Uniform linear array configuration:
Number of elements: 16
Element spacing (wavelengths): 0.25
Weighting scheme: blackman
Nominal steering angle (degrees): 15
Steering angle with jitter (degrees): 16.717
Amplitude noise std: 0.05
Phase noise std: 0.05

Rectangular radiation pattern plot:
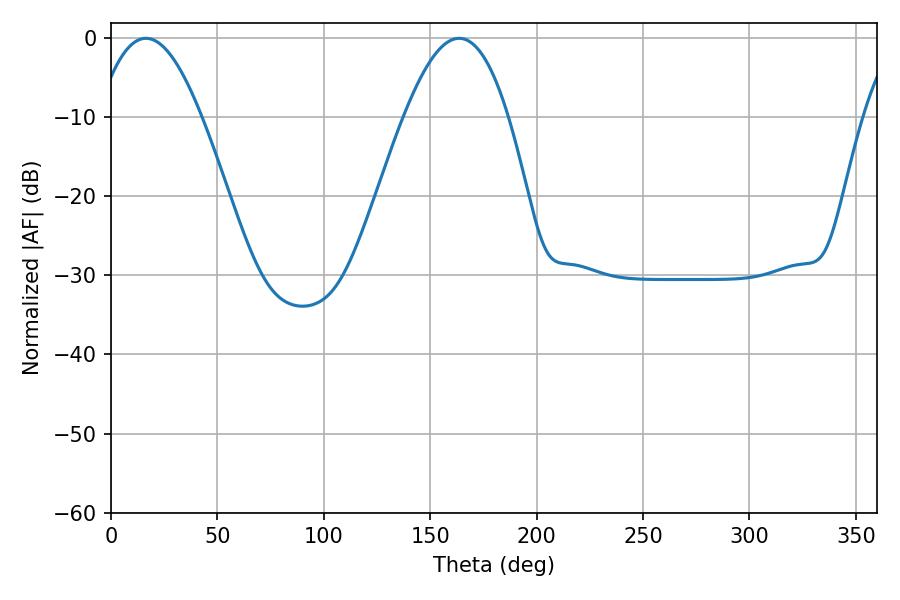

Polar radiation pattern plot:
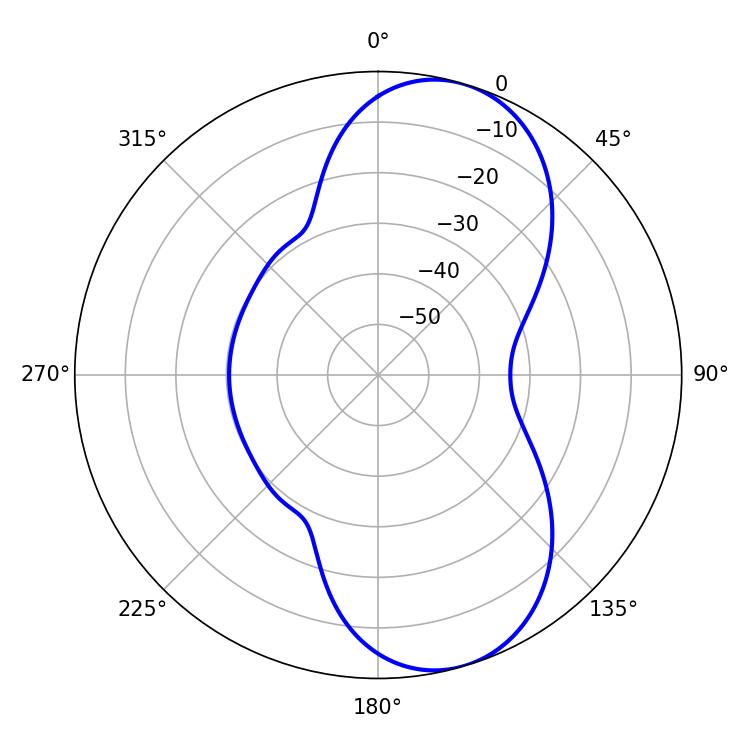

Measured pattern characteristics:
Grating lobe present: FALSE
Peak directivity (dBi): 8.32
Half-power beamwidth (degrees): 26.64
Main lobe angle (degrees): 163.62